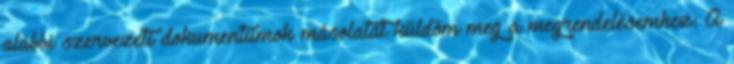
alábbi szervezeti dokumentumok másolatát küldöm meg a megrendelésemhez: A